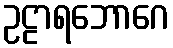
ဥဠာရဘောဂေ